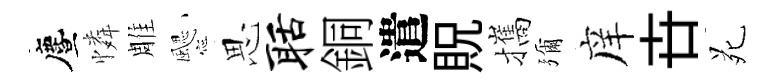
󵨌憐雕颸思聒銅遣貺攜彌庠卋苑